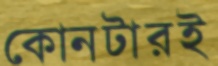
কোনটারই